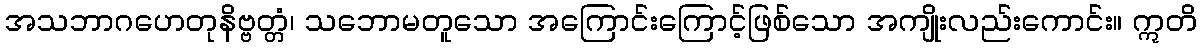
အသဘာဂဟေတုနိဗ္ဗတ္တံ၊ သဘောမတူသော အကြောင်းကြောင့်ဖြစ်သော အကျိုးလည်းကောင်း။ ဣတိ